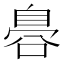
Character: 𮍛